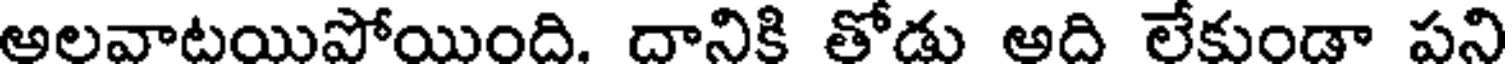
ఆలవాటయిపోయింది. దానికి తోడు ఆది లేకుండా పని